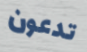
تدعون